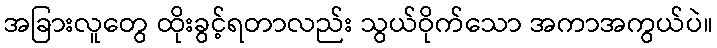
အခြားလူတွေ ထိုးခွင့်ရတာလည်း သွယ်ဝိုက်သော အကာအကွယ်ပဲ။